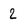
Character: 2